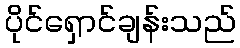
ပိုင်ရှောင်ချန်းသည်